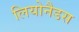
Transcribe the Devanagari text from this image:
लियोनैडस